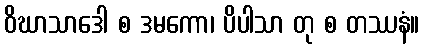
ဝိဃာသာဒေါ စ ဒမကော၊ ပိပါသာ တု စ တဿနံ။